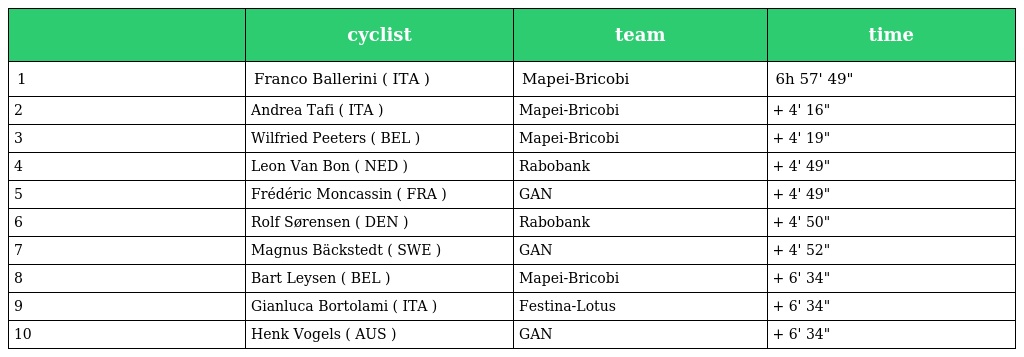
|  | cyclist | team | time |
 | --- | --- | --- | --- |
 | 1 | Franco Ballerini ( ITA ) | Mapei-Bricobi | 6h 57' 49" |
 | 2 | Andrea Tafi ( ITA ) | Mapei-Bricobi | + 4' 16" |
 | 3 | Wilfried Peeters ( BEL ) | Mapei-Bricobi | + 4' 19" |
 | 4 | Leon Van Bon ( NED ) | Rabobank | + 4' 49" |
 | 5 | Frédéric Moncassin ( FRA ) | GAN | + 4' 49" |
 | 6 | Rolf Sørensen ( DEN ) | Rabobank | + 4' 50" |
 | 7 | Magnus Bäckstedt ( SWE ) | GAN | + 4' 52" |
 | 8 | Bart Leysen ( BEL ) | Mapei-Bricobi | + 6' 34" |
 | 9 | Gianluca Bortolami ( ITA ) | Festina-Lotus | + 6' 34" |
 | 10 | Henk Vogels ( AUS ) | GAN | + 6' 34" |